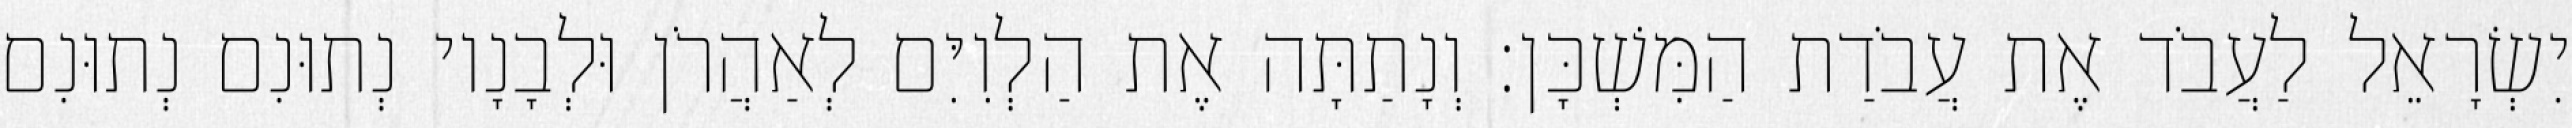
יִשְׂרָאֵל לַעֲבֹד אֶת עֲבֹדַת הַמִּשְׁכָּן׃ וְנָתַתָּה אֶת הַלְוִיִּם לְאַהֲרֹן וּלְבָנָיו נְתוּנִם נְתוּנִם